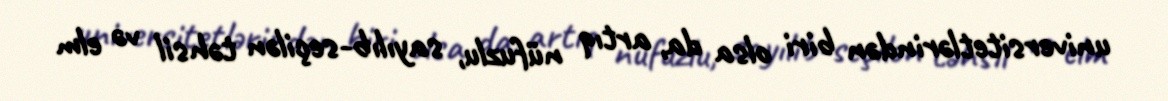
universitetlərindən biri olsa da, artıq nüfuzlu, sayılıb-seçilən təhsil və elm